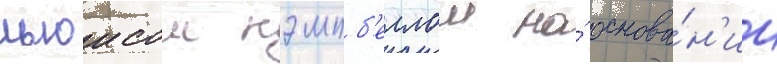
льюисом кэмпб'еллом на́ основа́н'ии